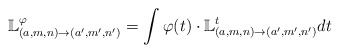
\begin{align*}\mathbb{L}_{(a,m,n)\to(a',m',n')}^{\varphi}=\int \varphi(t) \cdot \mathbb{L}_{(a,m,n)\to(a',m',n')}^{t} dt\end{align*}